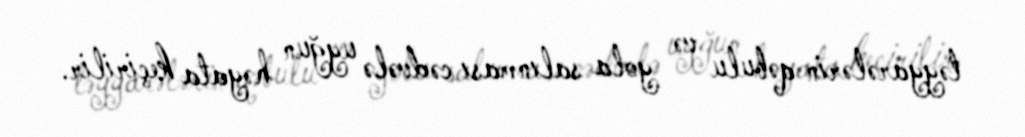
təyyarələrin qəbulu və yola salınması cədvələ uyğun həyata keçirilir.